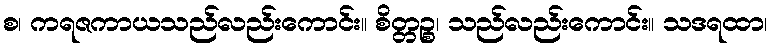
စ၊ ကရဇကာယသည်လည်းကောင်း။ စိတ္တဉ္စ၊ သည်လည်းကောင်း။ သဒရထာ၊